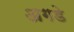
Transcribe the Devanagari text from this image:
अगडे